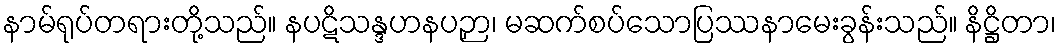
နာမ်ရုပ်တရားတို့သည်။ နပဋိသန္ဒဟနပဉှာ၊ မဆက်စပ်သောပြဿနာမေးခွန်းသည်။ နိဋ္ဌိတာ၊